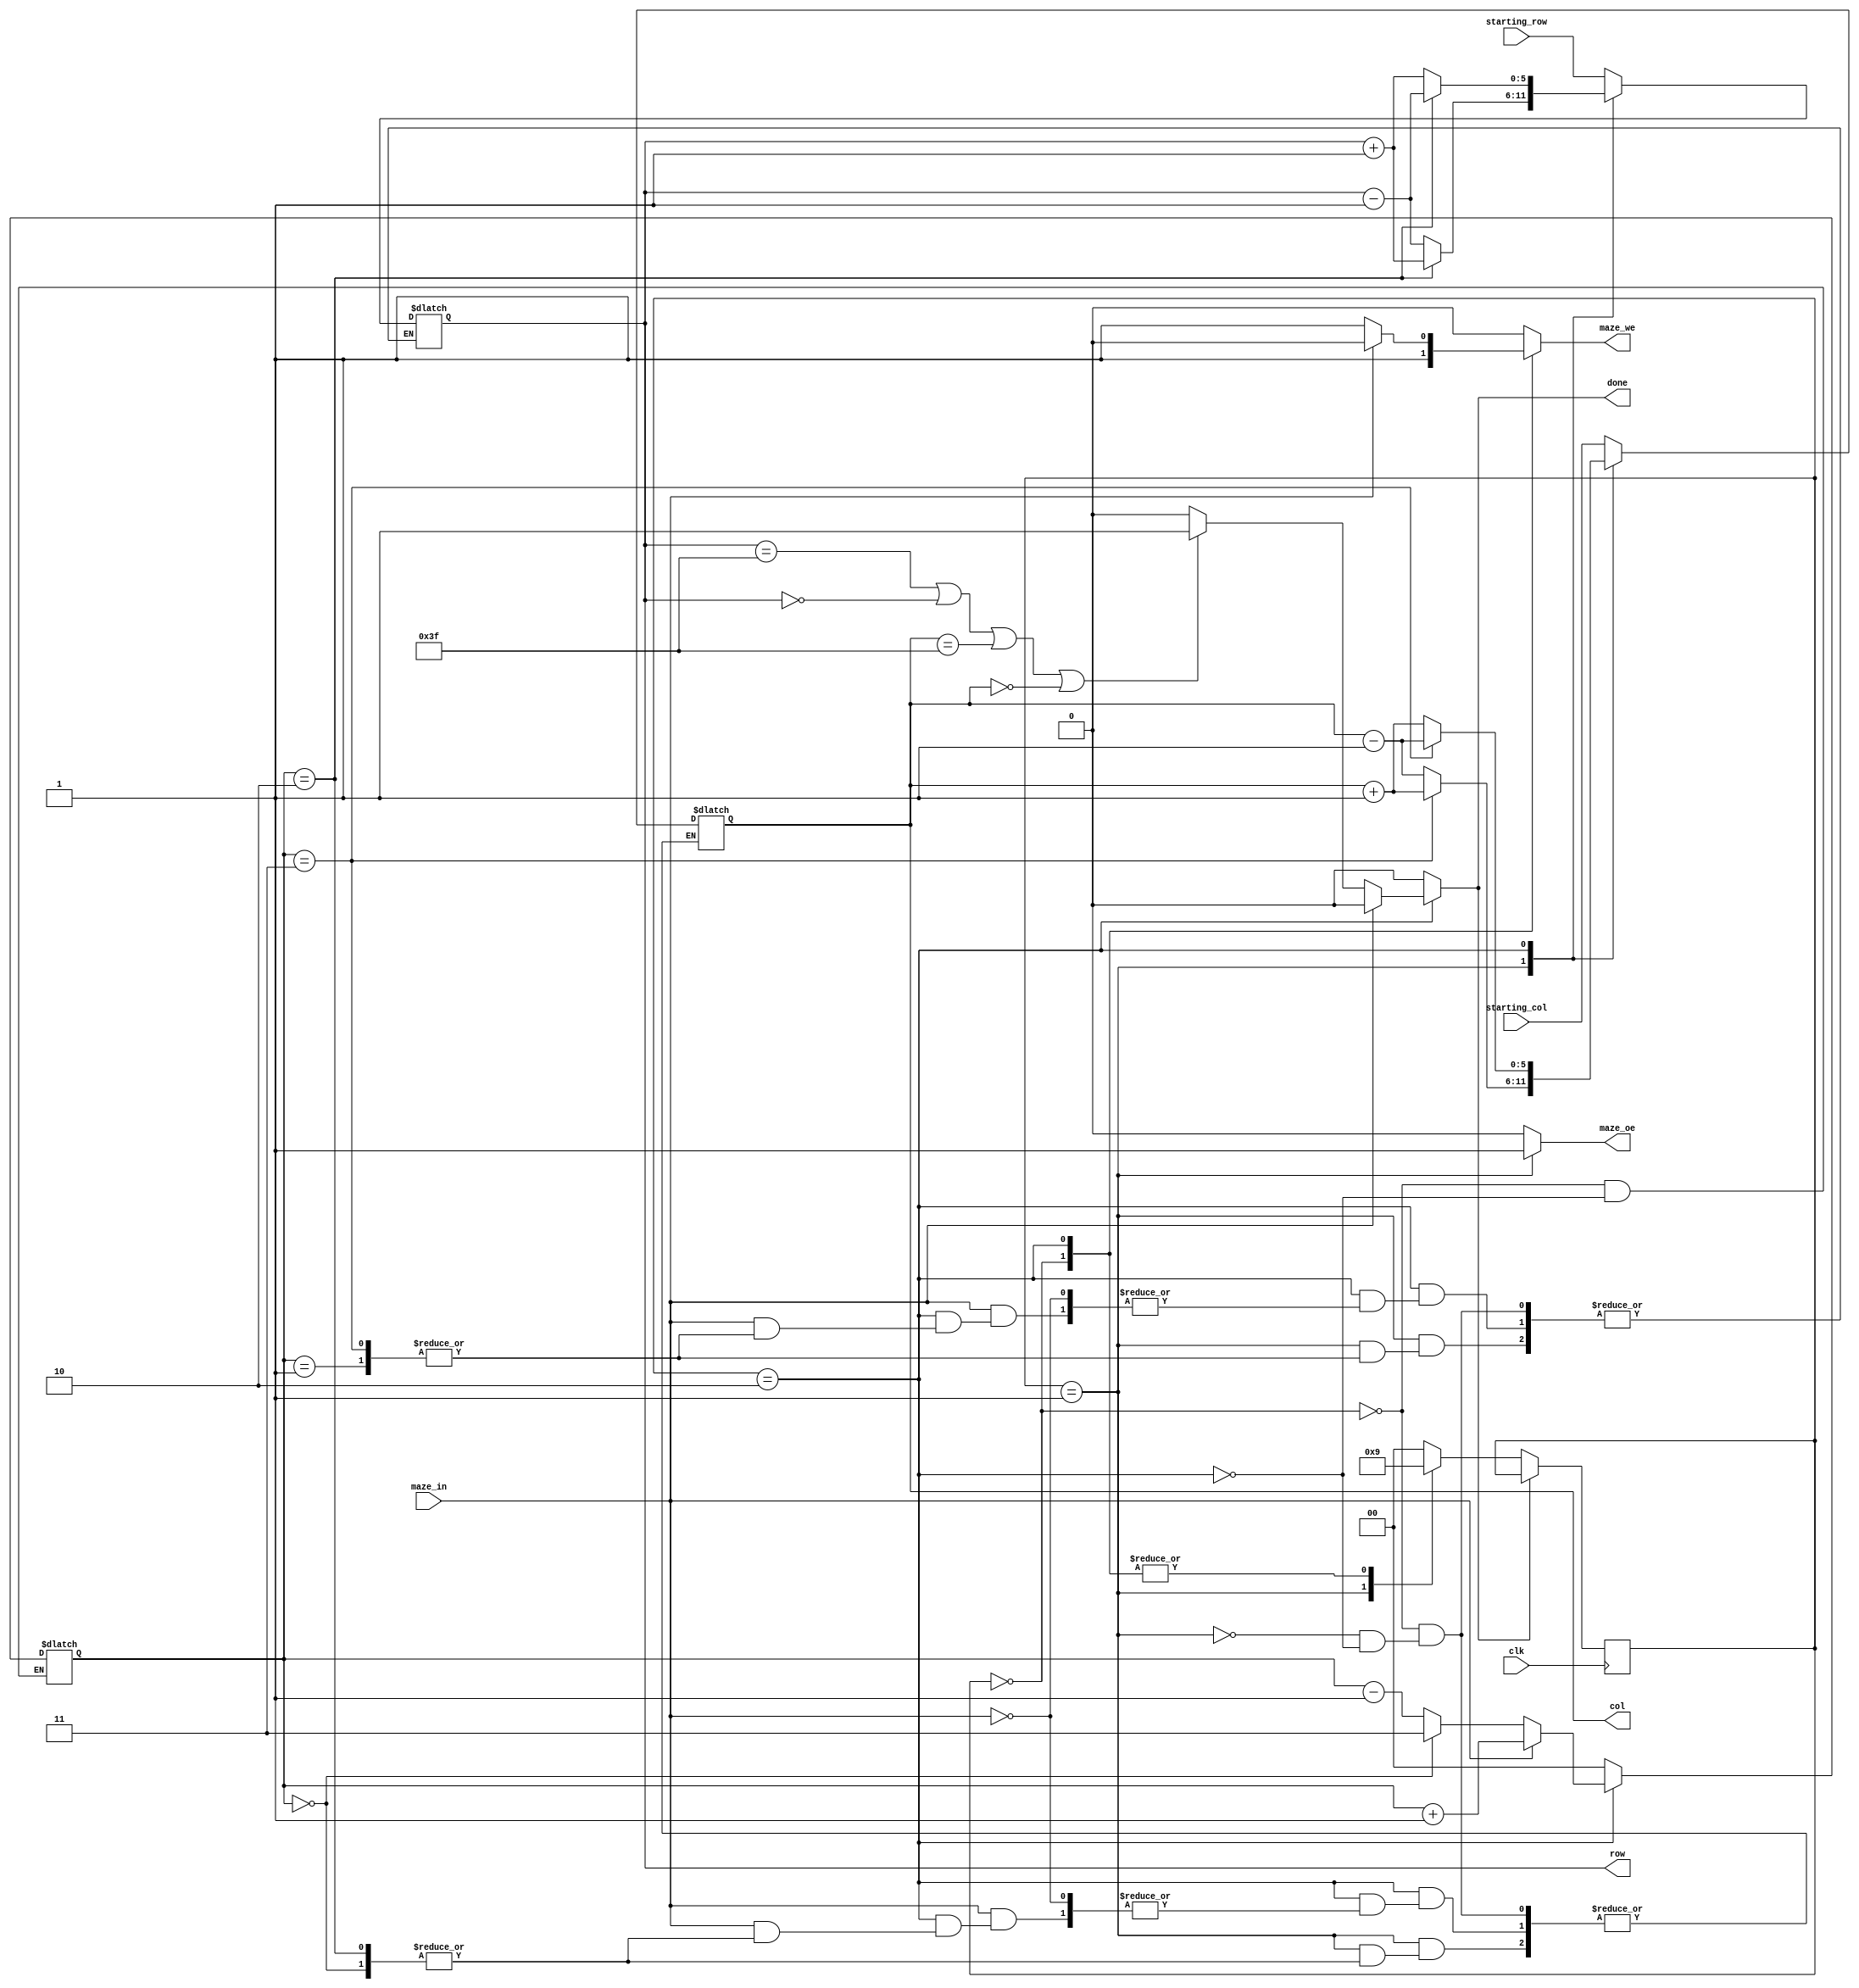
module maze(
	input 		          	clk,
	input       [maze_width - 1:0]  starting_col, starting_row, // indicii punctului de start
	input  			  	maze_in, 		    // ofera informatii despre punctul de coordonate [row, col]
	output reg  [maze_width - 1:0]  row, col,	 	    // selecteaza un rând si o coloana din labirint
	output reg			maze_oe,		    // output enable (activeaza citirea din labirint la rândul si coloana date) - semnal sincron	
	output reg			maze_we, 		    // write enable (activeaza scrierea în labirint la rândul si coloana date) - semnal sincron
	output reg			done);		 	    // iesirea din labirint a fost gasita; semnalul ramane activ 
	
	parameter maze_width = 6; //maze de 64x64 cu indicii 0...63
	
	//sens trigonometric
	`define N 0
	`define W 1
	`define S 2	
	`define E 3
	
	reg [1:0] dir, state, next_state;
	
	`define start 0
	`define update 1 
	`define check 2
	
	always @(posedge clk) begin
		if(done == 0) //continui sa verific atata timp cand nu am gasit iesirea
			state <= next_state;
	end
	
	always @(*) begin
		next_state = `start; //starea initiala
		maze_oe = 0;
		maze_we = 0;
		done = 0;
		
		case (state)
		   `start: begin 
				row = starting_row;   //salvez coordonatele punctului de start
				col = starting_col;
				maze_we = 1;          //marchez punctul de start
				dir = `N;             //directia cu care incep verificarea
				
				next_state = `update;
			end
			
			`update: begin	//actualizez pozitia in care ma aflu
				case (dir)
					`N: row = row - 1;
					`W: col = col - 1;
					`S: row = row + 1;
					`E: col = col + 1;
				endcase
				maze_oe = 1; //voi afla cat este valoarea celulei in care m-am mutat
				
				next_state = `check;
			end
				
			`check: begin
				if (maze_in == 1) begin //perete -> ma intorc la pozitia anterioara 
					case (dir)
						`N: row = row + 1;
						`W: col = col + 1;
						`S: row = row - 1;
						`E: col = col - 1;
					endcase
					dir = dir + 1; //verific urmatoarea directie
					
				end else begin //culoar
					maze_we = 1; //marchez drumul
					
					//verific daca am gasit iesirea
					if (row == 63 || row == 0 || col == 63 || col == 0)
						done = 1;
						
					//verific daca am perete in dreapta, folosind directia anterioara
					if (dir == `N) 
						dir = `E; 
					else
						dir = dir - 1;
				end
				
				next_state = `update;
			end	
			
		endcase
	end
	
endmodule